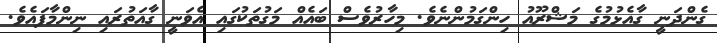
ގެންދަނީ ގާއެޅުމުގެ މަޝްރޫއު ހިންގަމުންނެވެ. މިހާރުވެސް ބައެއް މަގުތަކުގައި އެވަނީ ގާއަތުރައި ނިންމާފައެވެ.